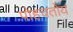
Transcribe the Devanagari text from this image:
पोहचतोय